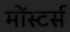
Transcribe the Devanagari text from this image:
मोंस्टर्स